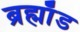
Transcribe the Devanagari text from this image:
ब्रह्माँड